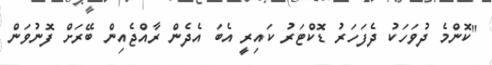
"ކޮންމެ ދުވަހަކު ދެފަހަރު ޑޮކްޓަރު ކައިރީ އެބަ އެދެން ރާއްޖެއިން ބޭރަށް ފޮނުވަން